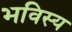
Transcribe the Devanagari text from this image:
भविस्य